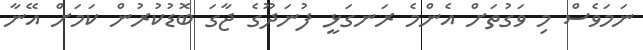
ނަމަވެސް މި ވަގުތަށް އެންމެ ރަނގަޅީ ފުނަދޫގެ ޖާގަ ބޮޑުކުރުން ކަމަށް އޭނާ